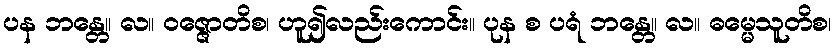
ပန ဘန္တေ။ လ။ ဝဇ္ဇောတိစ၊ ဟူ၍လည်းကောင်း။ ပုန စ ပရံ ဘန္တေ။ လ။ ဓမ္မေသူတိစ၊